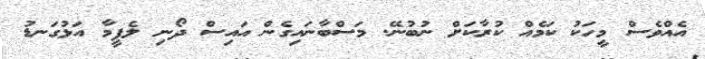
އެއްވެސް މީހަކު ކަމެއް ކުރާކަށް ނުބުނޭ. މަސްބާނައިގެން އައިސް ދޯނި ލެފީމާ އަޅުގަނޑު